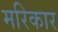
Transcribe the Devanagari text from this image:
मरिकार